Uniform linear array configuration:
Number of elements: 64
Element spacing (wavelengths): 1
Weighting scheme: hamming
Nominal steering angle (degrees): -30
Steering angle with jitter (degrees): -28.679
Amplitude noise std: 0.05
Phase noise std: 0.05

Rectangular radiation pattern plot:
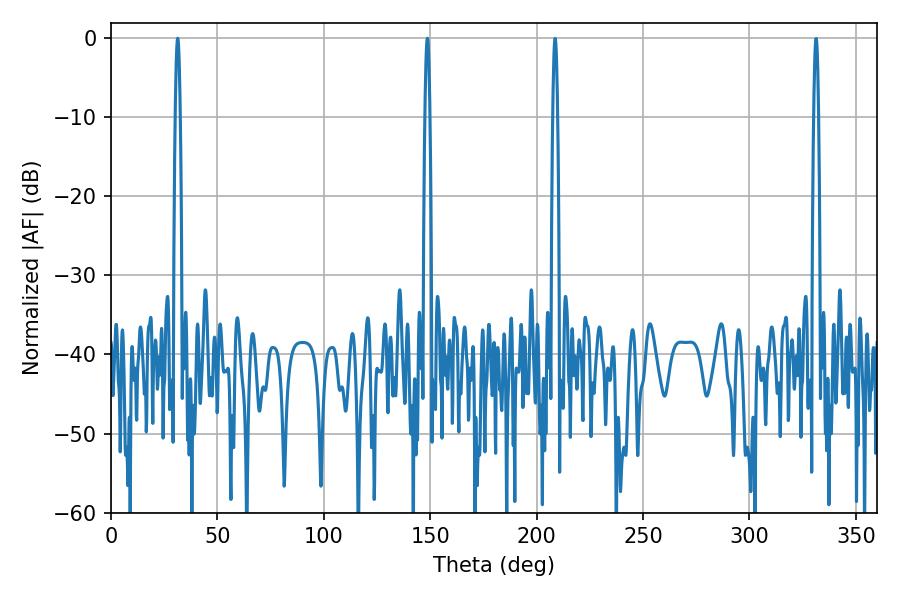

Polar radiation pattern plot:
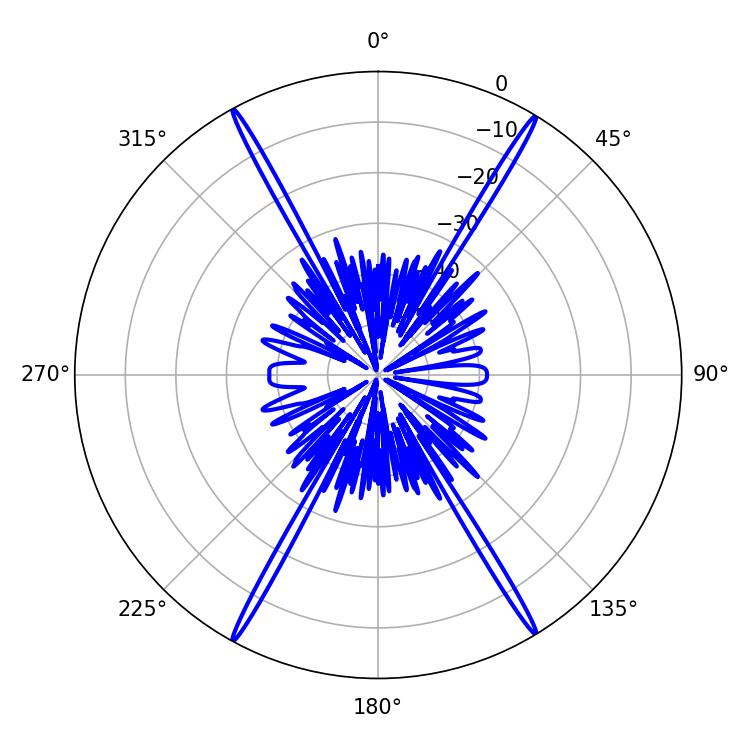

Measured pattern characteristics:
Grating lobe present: TRUE
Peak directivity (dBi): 28.772
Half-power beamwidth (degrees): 1.08
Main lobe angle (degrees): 31.32